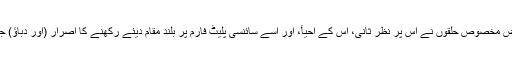
کیونکہ بعض مخصوص حلقوں نے اس پر نظرِ ثانی، اس کے احیأ، اور اسے سائنسی پلیٹ فارم پر بلند مقام دیئے رکھنے کا اصرار (اور دباؤ) جاری رکھا۔